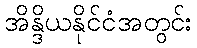
အိန္ဒိယနိုင်ငံအတွင်း